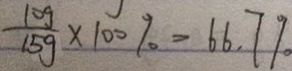
\frac { 1 0 g } { 1 5 g } \times 1 0 0 \% = 6 6 . 7 \%